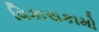
વિકાસકામો